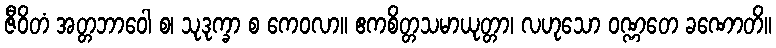
ဇီဝိတံ အတ္တဘာဝေါ စ၊ သုဒုက္ခာ စ ကေဝလာ။ ဧကစိတ္တသမာယုတ္တာ၊ လဟုသော ဝဏ္ဏတေ ခဏောတိ။